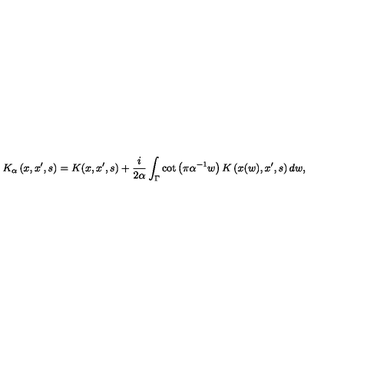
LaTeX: K _ { \alpha } \left( x , x ^ { \prime } , s \right) = K ( x , x ^ { \prime } , s ) + { \frac { i } { 2 \alpha } } \int _ { \Gamma } \cot \left( \pi \alpha ^ { - 1 } w \right) K \left( x ( w ) , x ^ { \prime } , s \right) d w ,